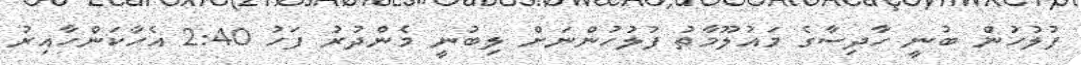
ފުލުހުން ބުނީ ހާދިސާގެ މައުލޫމާތު ފުލުހުންނަށް ލިބުނީ މެންދުރު ފަހު 2:40 އެހާކަންހާއިރު